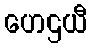
ဟေဌယီ